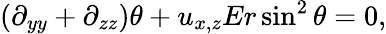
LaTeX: (\partial_{yy}+\partial_{zz})\theta+u_{x,z}Er\sin^{2}\theta=0,